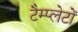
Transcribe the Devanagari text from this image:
टैम्प्लेटों